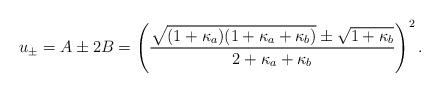
LaTeX: \begin{align*}u_{\pm} = A \pm 2B = \left(\frac{\sqrt{(1 + \kappa_a)(1 + \kappa_a + \kappa_b)} \pm \sqrt{1 + \kappa_b}}{2 + \kappa_a + \kappa_b} \right)^2.\end{align*}